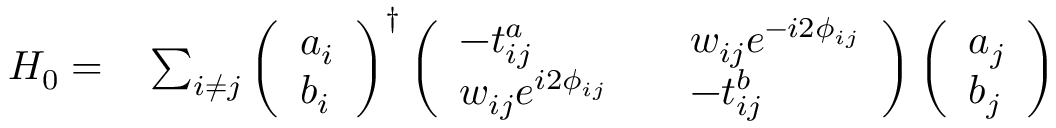
\begin{array} { r l } { H _ { 0 } = } & { { } \sum _ { i \neq j } \left( \begin{array} { l } { a _ { i } } \\ { b _ { i } } \end{array} \right) ^ { \dagger } \left( \begin{array} { l l l } { - t _ { i j } ^ { a } } & { } & { w _ { i j } e ^ { - i 2 \phi _ { i j } } } \\ { w _ { i j } e ^ { i 2 \phi _ { i j } } } & { } & { - t _ { i j } ^ { b } } \end{array} \right) \left( \begin{array} { l } { a _ { j } } \\ { b _ { j } } \end{array} \right) } \end{array}